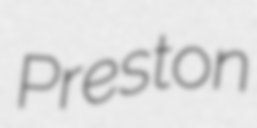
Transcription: Preston